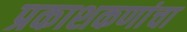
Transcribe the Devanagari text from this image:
प्रकाशकणांचा